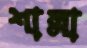
শাল্লা